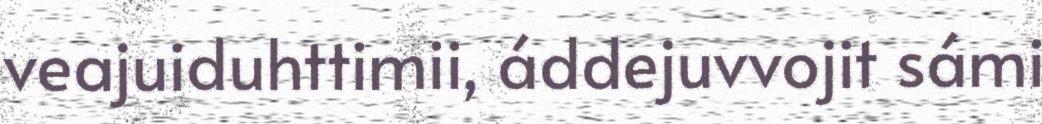
veajuiduhttimii, áddejuvvojit sámi